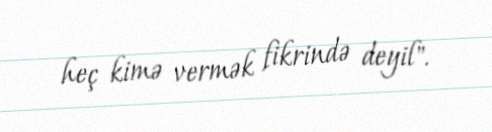
heç kimə vermək fikrində deyil".